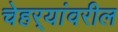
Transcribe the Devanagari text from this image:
चेहर्‍यांवरील